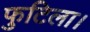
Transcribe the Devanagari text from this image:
फुटिला।